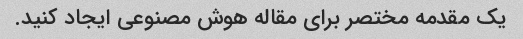
یک مقدمه مختصر برای مقاله هوش مصنوعی ایجاد کنید.